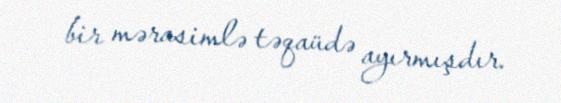
bir mərasimlə təqaüdə ayırmışdır.